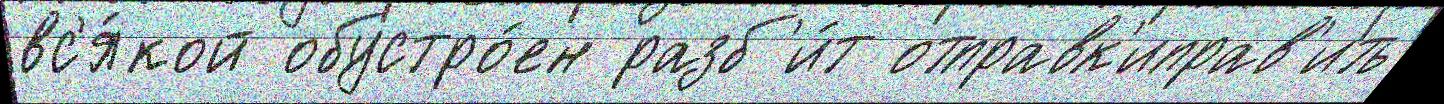
вс'я́кой обустро́ен разб'и́т отправк'иправ'ить